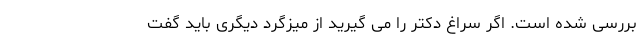
بررسی شده است. اگر سراغ دکتر را می گیرید از میزگرد دیگری باید گفت